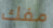
مفك